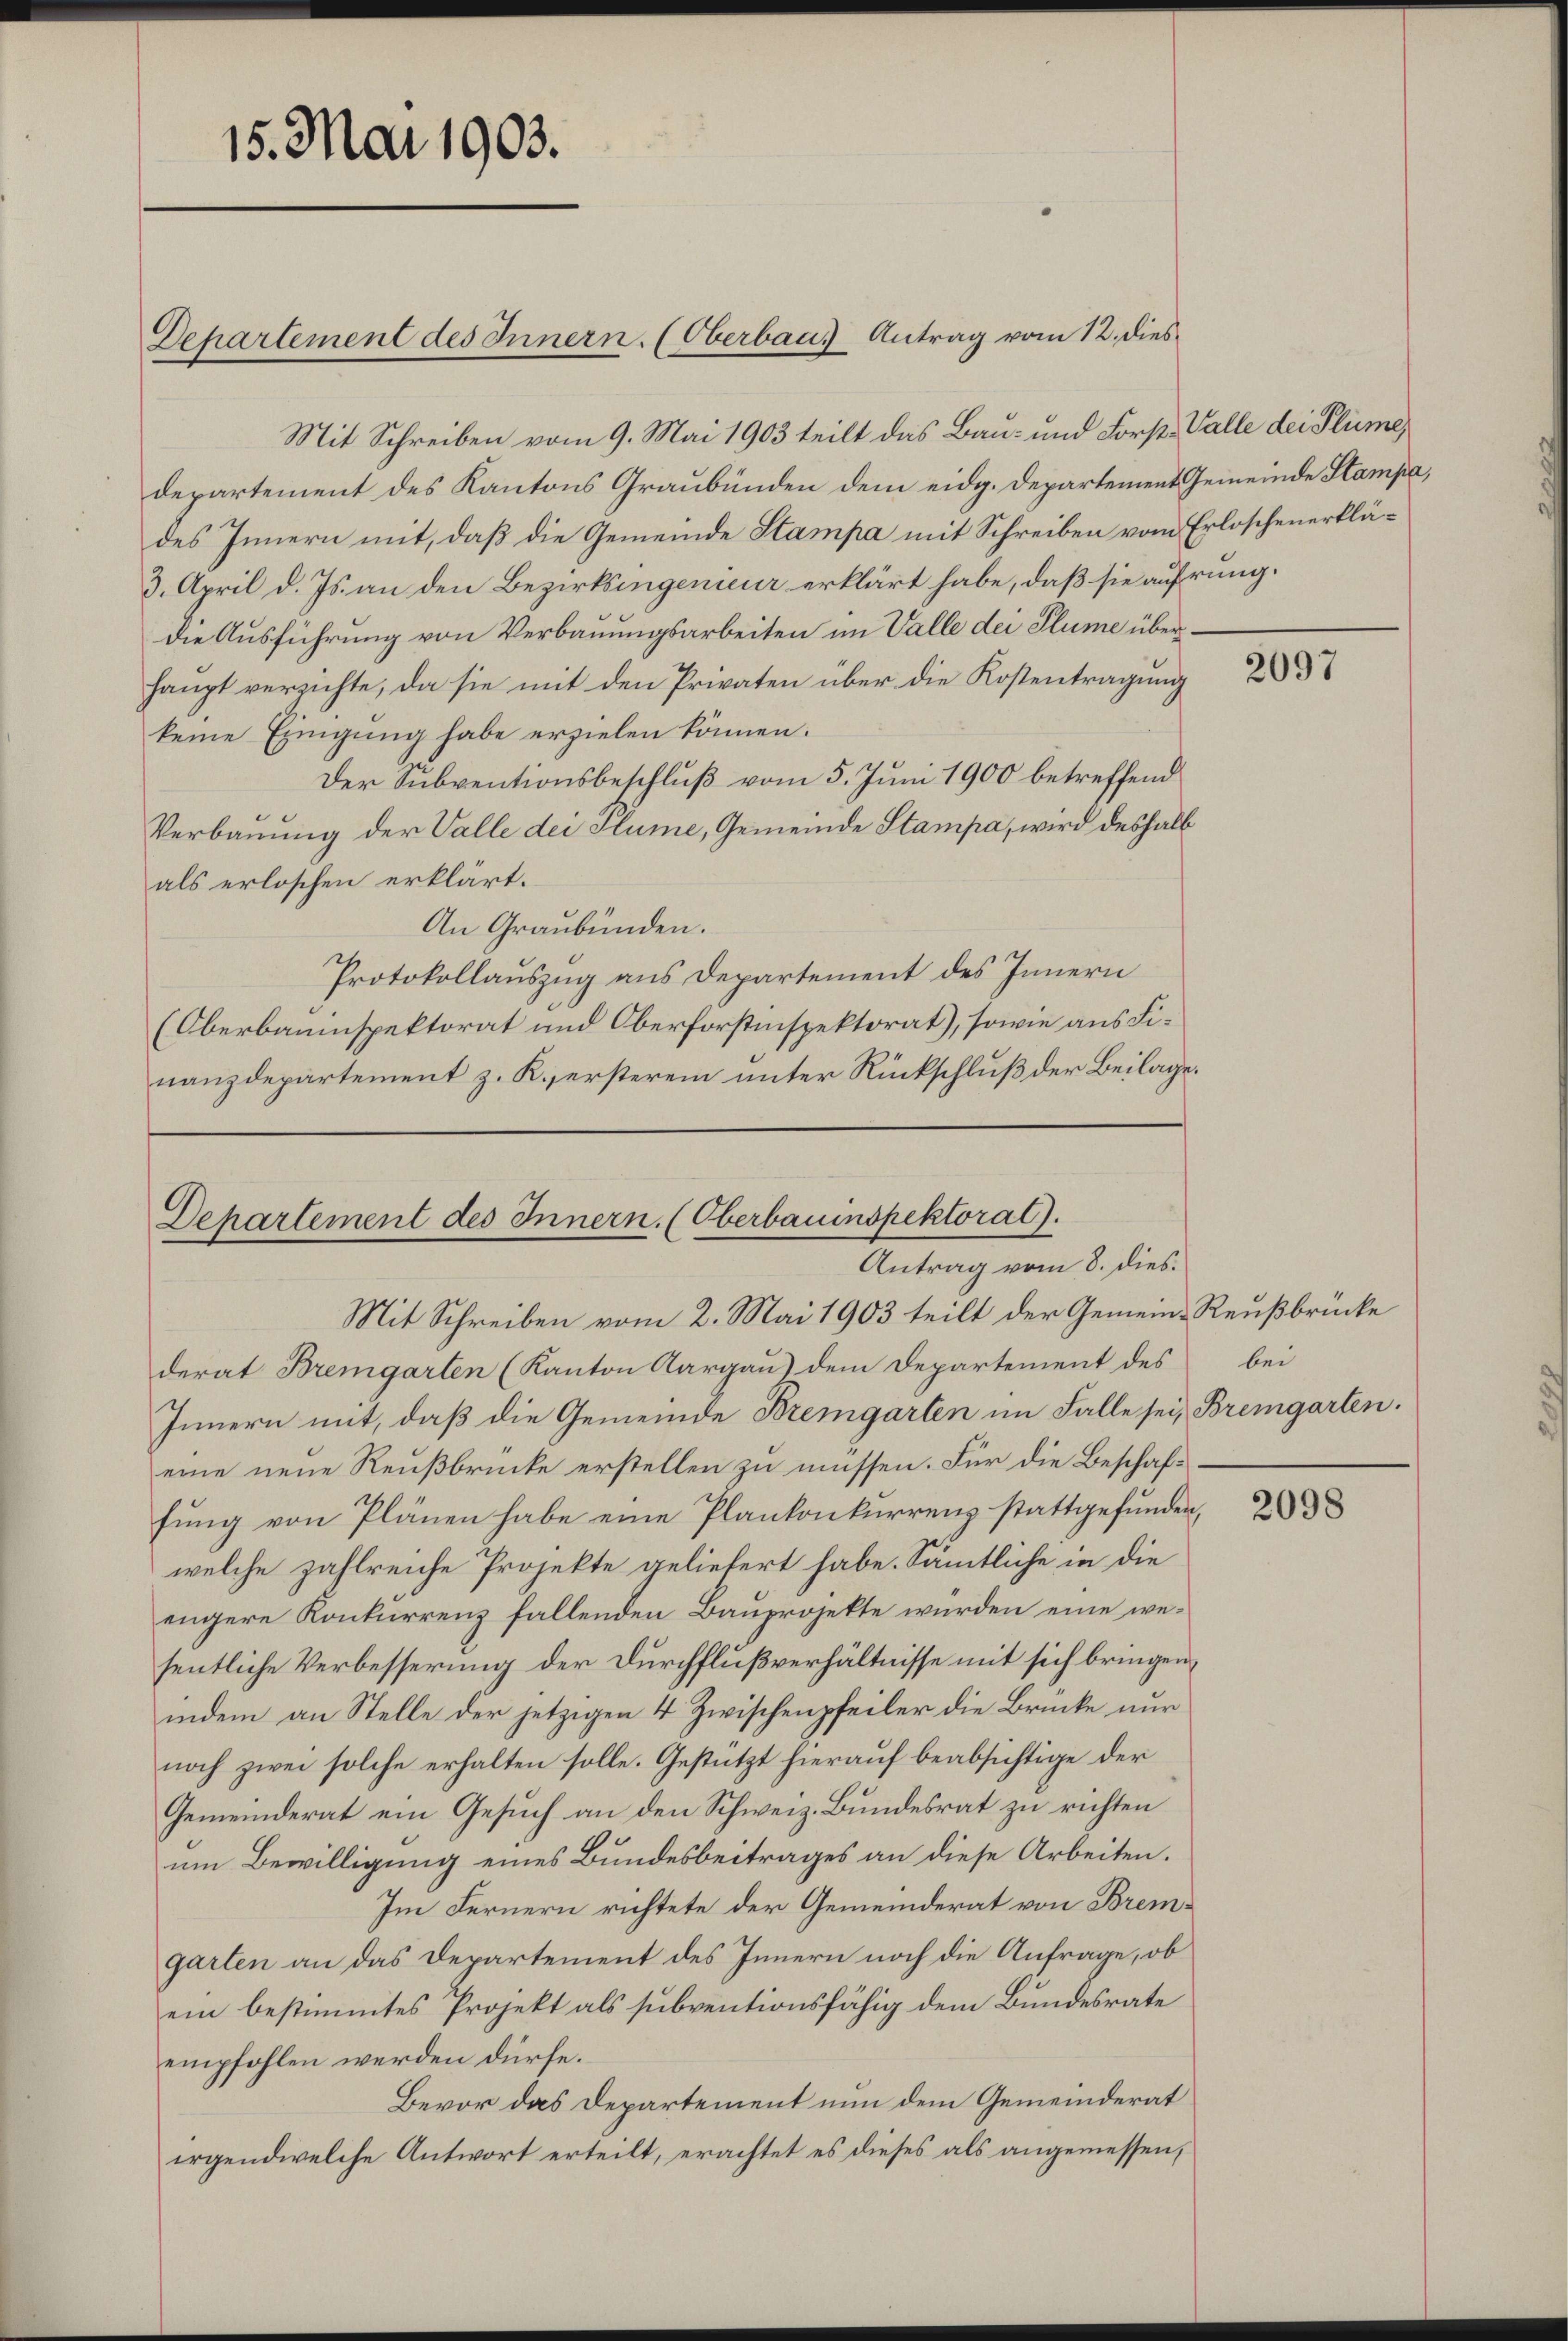
Mit Schreiben vom 9. Mai 1903 teilt das Bau- und Forst- Valle dei Plüme
departement des Kantons Graubünden dem eidg. Departement Gemeinde Stampa,
des Innern mit, daß die Gemeinde Stampa mit Schreiben vom Erloschenerklä¬
3. April d. Js. an den Bezirksingenieur erklärt habe, daß sie aufrung.
die Ausführung von Verbauungsarbeiten im Valle dei Plume überhaupt verzichte, da sie mit den Privaten über die Kostentragung
keine Einigung habe erzielen können.
Der Subventionsbeschluß vom 5. Juni 1900 betreffend
Verbauung der Valle dei Plume, Gemeinde Stampa, wird deshalb
als erloschen erklärt.
An Graubünden.
Protokollauszug aus Departement des Innern
(Oberbauinspektorat und Oberforstinspektorat), sowie aus Finanzdepartement z. R., ersterem unter Rückschluß der Beilage.

15. Mai 1903.

Departement des Innern. (Oberbaus Antrag vom 12. dies

Departement des Innern. (Oberbauinspektorat).
Antrag vom 8. dies.

Mit Schreiben vom 2. Mai 1903 teilt der Gemeine Reußbrücke
derat Bremgarten (Kanton Aargau) dem Departement des bei
Innern mit, daß die Gemeinde Bremgarten im Falle sei, Bremgarten.
eine neue Reußbrücke erstellen zu müssen. Für die Beschaffung von Plänen habe eine Plankonkurrenz stattgefunden,
welche zahlreiche Projekte geliefert habe. Sämmtliche in die
engere Konkurrenz fallenden Bauprojekte würden eine wesentliche Verbesserung der Durchflußverhältnisse mit sich bringen,
indem an Stelle der jetzigen 4 Zwischenpfeiler die Brücke nur
noch zwei solche erhalten solle. Gestützt hierauf beabsichtige der
Gemeinderat ein Gesuch an den Schweiz. Bundesrat zu richten
um Bewilligung eines Bundesbeitrages an diese Arbeiten.
Im Fernern richtete der Gemeinderat von Bremgarten an das Departement des Innern noch die Anfrage, ob
ein bestimmtes Projekt als subventionsfähig dem Bundesrate
empfohlen werden dürfe.
Bevor das Departement nun dem Gemeinderat
irgendwelche Antwort erteilt, erachtet es dieses als angemessen,

2097

2098